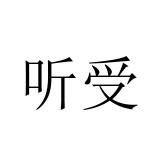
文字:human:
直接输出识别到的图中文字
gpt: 听受